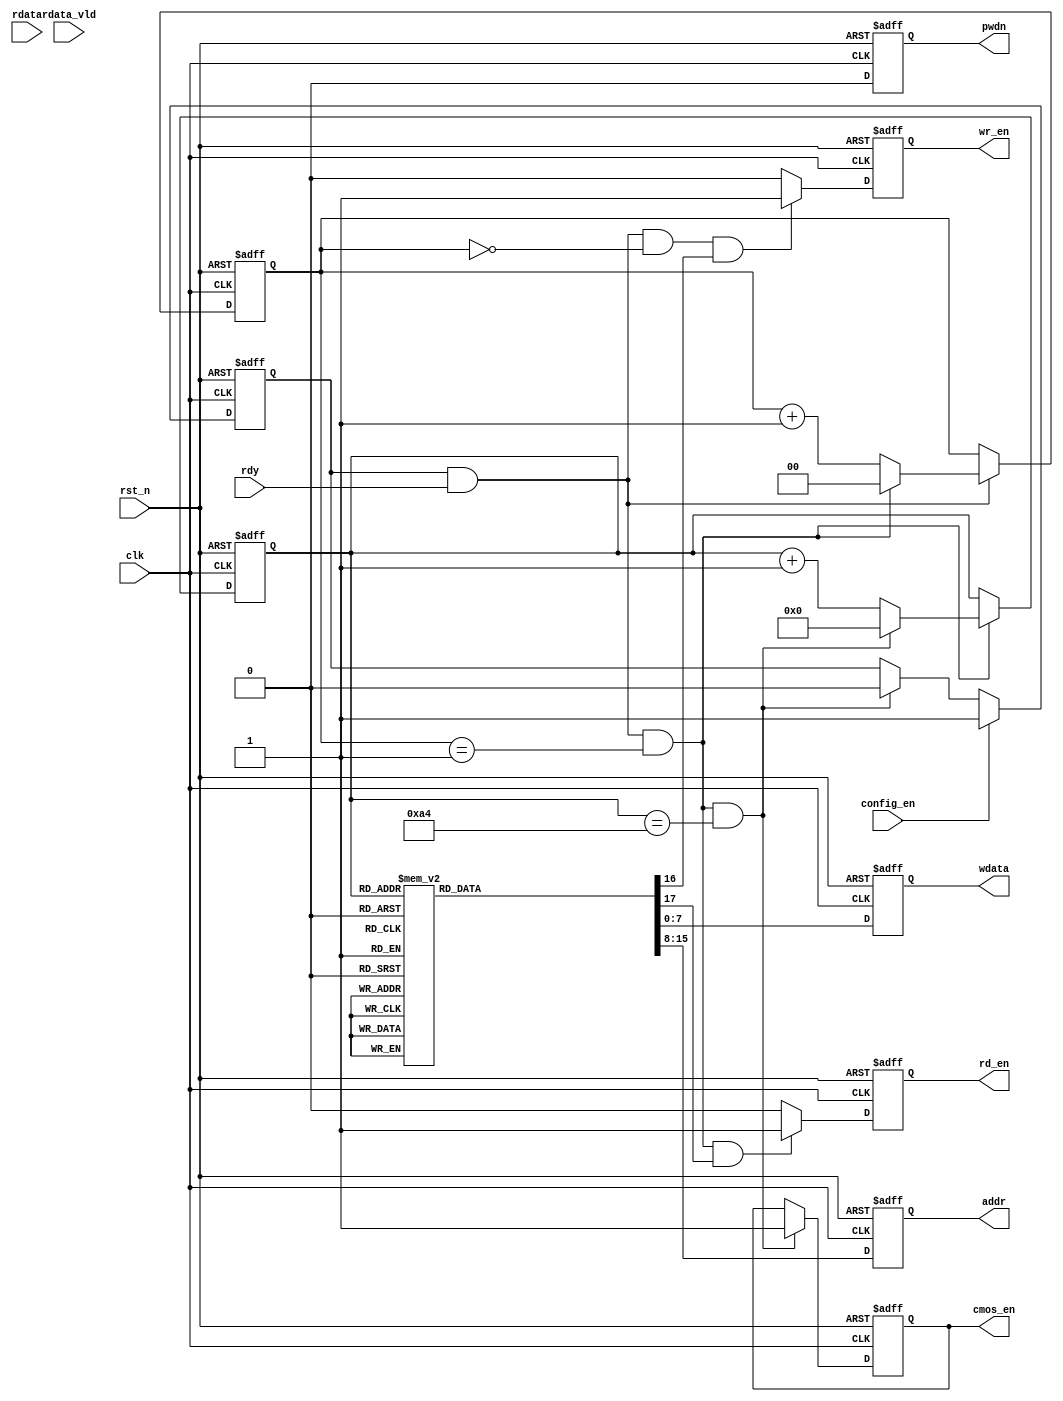
module ov7670_config(
        clk        ,
        rst_n      ,
        config_en  ,
        rdy        ,
        rdata      ,
        rdata_vld  ,
        wdata      ,
        addr       ,
        wr_en	   ,
        rd_en      ,
        cmos_en    , 
        pwdn         
    );

    //
    parameter               DATA_W = 8  ;
    parameter               wr_NUM = 2  ;
    parameter               REG_NUM =165;
    
    //
    input                   clk         ;   //50Mhz
    input                   rst_n       ;
    input                   config_en   ;
    input                   rdy         ;
    input   [DATA_W-1:0]    rdata       ;
    input                   rdata_vld   ;

    //
    output  [DATA_W-1:0]    wdata       ;
    output  [DATA_W-1:0]    addr        ;
    
    output                  cmos_en     ;
    output                  wr_en       ;
    output                  rd_en       ;
    output                  pwdn        ;

    reg     [DATA_W-1:0]    wdata       ;
    reg     [DATA_W-1:0]    addr        ;
    
    reg                     cmos_en     ;
    reg                     wr_en       ;
    reg                     rd_en       ;
    reg                     pwdn        ;


    wire                    add_wr_cnt  ;
    wire                    end_wr_cnt  ;
    reg     [1:0]           wr_cnt      ; 

    wire                    add_reg_cnt ;
    wire                    end_reg_cnt ;
    reg     [7:0]           reg_cnt     ;

    reg                     flag        ; 

    reg     [17:0]          add_wdata   ;

    always @(posedge clk or negedge rst_n)begin
        if(!rst_n)begin
            wr_cnt <= 0;
        end
        else if(add_wr_cnt)begin
            if(end_wr_cnt)
                wr_cnt <= 0;
            else
                wr_cnt <= wr_cnt + 1;
        end
    end
    assign add_wr_cnt = flag && rdy;
    assign end_wr_cnt = add_wr_cnt && wr_cnt == wr_NUM - 1;
    
    always @(posedge clk or negedge rst_n)begin
        if(!rst_n)begin
            reg_cnt <= 0;
        end
        else if(add_reg_cnt)begin
            if(end_reg_cnt)
                reg_cnt <= 0;
            else
                reg_cnt <= reg_cnt + 1;
        end
    end
    assign add_reg_cnt = end_wr_cnt;
    assign end_reg_cnt = add_reg_cnt && reg_cnt == REG_NUM - 1;
    
    always  @(posedge clk or negedge rst_n)begin
        if(rst_n==1'b0)begin
            flag <= 1'b0;
        end
        else if(config_en)begin
            flag <= 1'b1;            
        end
        else if(end_reg_cnt)begin
            flag <= 1'b0;            
        end
    end
    
    always  @(posedge clk or negedge rst_n)begin
        if(rst_n==1'b0)begin
            cmos_en <= 1'b0;
        end
        else if(end_reg_cnt)begin
            cmos_en <= 1'b1;            
        end
    end
    
    always  @(posedge clk or negedge rst_n)begin
        if(rst_n==1'b0)begin
            addr <= 8'd0;
        end
        else begin
            addr <= add_wdata[15:8];
        end
    end
    
    always  @(posedge clk or negedge rst_n)begin
        if(rst_n==1'b0)begin
            pwdn <= 1'b0;
        end
        else begin
            pwdn <= 1'b0;
        end
    end


    always  @(posedge clk or negedge rst_n)begin
        if(rst_n==1'b0)begin
            wdata <= 8'd0;
        end
        else begin
            wdata <= add_wdata[7:0];
        end
    end
    
    always  @(posedge clk or negedge rst_n)begin
        if(rst_n==1'b0)begin
            wr_en <= 1'b0;
        end
        else if(add_wr_cnt && wr_cnt == 0 && add_wdata[16])begin
            wr_en <= 1'b1;
        end
        else begin
            wr_en <= 1'b0;
        end
    end
    
    always  @(posedge clk or negedge rst_n)begin
        if(rst_n==1'b0)begin
            rd_en <= 1'b0;
        end
        else if(add_wr_cnt && wr_cnt == 1 && add_wdata[17])begin
            rd_en <= 1'b1;
        end
        else begin
            rd_en <= 1'b0;
        end
    end
    

    always@(*) begin
        case(reg_cnt)
            0   : add_wdata = {2'b11,16'h1204};	//VGARGB565 (00:YUV,04:RGB)(8x)
            1   : add_wdata = {2'b11,16'h40d0};	//RGB565, 00-FF(d0)YUV01-FE(80))
            2   : add_wdata = {2'b11,16'h3a04};    //TSLB(TSLB[3], COM13[0])00:YUYV, 01:YVYU, 10:UYVY(CbYCrY), 11:VYUY
            3   : add_wdata = {2'b11,16'h3dc8};	//COM13(TSLB[3], COM13[0])00:YUYV, 01:YVYU, 10:UYVY(CbYCrY), 11:VYUY
            4   : add_wdata = {2'b11,16'h1e31};	//01Bit[5]Bit[4]
            5   : add_wdata = {2'b11,16'h6b00};	//PLL0x0ALDO0x00LDO
            6   : add_wdata = {2'b11,16'h32b6};	//HREF (80)
            7   : add_wdata = {2'b11,16'h1713};	//HSTART -8(11) 
            8   : add_wdata = {2'b11,16'h1801};	//HSTOP  -8(61)
            9   : add_wdata = {2'b11,16'h1902};	//VSTART -8(03)
            10  : add_wdata = {2'b11,16'h1a7a};	//VSTOP  -8(7b)
            11  : add_wdata = {2'b11,16'h030a};	//VREF	 (00)
            12  : add_wdata = {2'b11,16'h0c00};	//DCW (00)
            13  : add_wdata = {2'b11,16'h3e10};	//PCLK00 Normal101,112,124,1381416
            14  : add_wdata = {2'b11,16'h7000};	//00:Normal, 80:1, 00:, 80:
            15  : add_wdata = {2'b11,16'h7100};	//00:Normal, 00:1, 80:, 80
            16  : add_wdata = {2'b11,16'h7211};	// 8(11)	        
            17  : add_wdata = {2'b11,16'h7300};	//DSP00 Normal101,112,124,1381416 
            18  : add_wdata = {2'b11,16'ha202};	// 	(02)
            19  : add_wdata = {2'b11,16'h1180};	//(80)
            20  : add_wdata = {2'b11,16'h7a20};
            21  : add_wdata = {2'b11,16'h7b1c};
            22  : add_wdata = {2'b11,16'h7c28};
            23  : add_wdata = {2'b11,16'h7d3c};
            24  : add_wdata = {2'b11,16'h7e55};
            25  : add_wdata = {2'b11,16'h7f68};
            26  : add_wdata = {2'b11,16'h8076};
            27  : add_wdata = {2'b11,16'h8180};
            28  : add_wdata = {2'b11,16'h8288};
            29  : add_wdata = {2'b11,16'h838f};
            30  : add_wdata = {2'b11,16'h8496};
            31  : add_wdata = {2'b11,16'h85a3};
            32  : add_wdata = {2'b11,16'h86af};
            33  : add_wdata = {2'b11,16'h87c4};
            34  : add_wdata = {2'b11,16'h88d7};
            35  : add_wdata = {2'b11,16'h89e8};
            36  : add_wdata = {2'b11,16'h13e0};
            37  : add_wdata = {2'b11,16'h0010};//
            38  : add_wdata = {2'b11,16'h1000};
            39  : add_wdata = {2'b11,16'h0d00};
            40  : add_wdata = {2'b11,16'h1428}; 
            41  : add_wdata = {2'b11,16'ha505};
            42  : add_wdata = {2'b11,16'hab07};
            43  : add_wdata = {2'b11,16'h2475};
            44  : add_wdata = {2'b11,16'h2563};
            45  : add_wdata = {2'b11,16'h26a5};
            46  : add_wdata = {2'b11,16'h9f78};
            47  : add_wdata = {2'b11,16'ha068};
            48  : add_wdata = {2'b11,16'ha103};
            49  : add_wdata = {2'b11,16'ha6df};
            50  : add_wdata = {2'b11,16'ha7df};
            51  : add_wdata = {2'b11,16'ha8f0};
            52  : add_wdata = {2'b11,16'ha990};
            53  : add_wdata = {2'b11,16'haa94};
            54  : add_wdata = {2'b11,16'h13ef};  
            55  : add_wdata = {2'b11,16'h0e61};
            56  : add_wdata = {2'b11,16'h0f4b};
            57  : add_wdata = {2'b11,16'h1602};
            58  : add_wdata = {2'b11,16'h2102};
            59  : add_wdata = {2'b11,16'h2291};
            60  : add_wdata = {2'b11,16'h2907};
            61  : add_wdata = {2'b11,16'h330b};
            62  : add_wdata = {2'b11,16'h350b};
            63  : add_wdata = {2'b11,16'h371d};
            64  : add_wdata = {2'b11,16'h3871};
            65  : add_wdata = {2'b11,16'h392a};
            66  : add_wdata = {2'b11,16'h3c78};
            67  : add_wdata = {2'b11,16'h4d40};
            68  : add_wdata = {2'b11,16'h4e20};
            69  : add_wdata = {2'b11,16'h6900};
            
            70  : add_wdata = {2'b11,16'h7419};
            71  : add_wdata = {2'b11,16'h8d4f};
            72  : add_wdata = {2'b11,16'h8e00};
            73  : add_wdata = {2'b11,16'h8f00};
            74  : add_wdata = {2'b11,16'h9000};
            75  : add_wdata = {2'b11,16'h9100};
            76  : add_wdata = {2'b11,16'h9200};
            77  : add_wdata = {2'b11,16'h9600};
            78  : add_wdata = {2'b11,16'h9a80};
            79  : add_wdata = {2'b11,16'hb084};
            80  : add_wdata = {2'b11,16'hb10c};
            81  : add_wdata = {2'b11,16'hb20e};
            82  : add_wdata = {2'b11,16'hb382};
            83  : add_wdata = {2'b11,16'hb80a};

            84  : add_wdata = {2'b11,16'h4314};
            85  : add_wdata = {2'b11,16'h44f0};
            86  : add_wdata = {2'b11,16'h4534};
            87  : add_wdata = {2'b11,16'h4658};
            88  : add_wdata = {2'b11,16'h4728};
            89  : add_wdata = {2'b11,16'h483a};
            90  : add_wdata = {2'b11,16'h5988};
            91  : add_wdata = {2'b11,16'h5a88};
            92  : add_wdata = {2'b11,16'h5b44};
            93  : add_wdata = {2'b11,16'h5c67};
            94  : add_wdata = {2'b11,16'h5d49};
            95  : add_wdata = {2'b11,16'h5e0e};
            96  : add_wdata = {2'b11,16'h6404};
            97  : add_wdata = {2'b11,16'h6520};
            98  : add_wdata = {2'b11,16'h6605};
            99  : add_wdata = {2'b11,16'h9404};
            100 : add_wdata = {2'b11,16'h9508};
            101 : add_wdata = {2'b11,16'h6c0a};
            102 : add_wdata = {2'b11,16'h6d55};
            103 : add_wdata = {2'b11,16'h6e11};
            104 : add_wdata = {2'b11,16'h6f9f};
            105 : add_wdata = {2'b11,16'h6a40};
            106 : add_wdata = {2'b11,16'h0140};
            107 : add_wdata = {2'b11,16'h0240};
            108 : add_wdata = {2'b11,16'h13e7};
            109 : add_wdata = {2'b11,16'h1500};
            
            110 : add_wdata = {2'b11,16'h4f80};
            111 : add_wdata = {2'b11,16'h5080};
            112 : add_wdata = {2'b11,16'h5100};
            113 : add_wdata = {2'b11,16'h5222};
            114 : add_wdata = {2'b11,16'h535e};
            115 : add_wdata = {2'b11,16'h5480};
            116 : add_wdata = {2'b11,16'h589e};
            
            117 : add_wdata = {2'b11,16'h4108};
            118 : add_wdata = {2'b11,16'h3f00};
            119 : add_wdata = {2'b11,16'h7505};
            120 : add_wdata = {2'b11,16'h76e1};
            121 : add_wdata = {2'b11,16'h4c00};
            122 : add_wdata = {2'b11,16'h7701};
            
            123 : add_wdata = {2'b11,16'h4b09};
            124 : add_wdata = {2'b11,16'hc9F0};//16'hc960;
            125 : add_wdata = {2'b11,16'h4138};
            126 : add_wdata = {2'b11,16'h5640};
            
            
            127 : add_wdata = {2'b11,16'h3411};
            128 : add_wdata = {2'b11,16'h3b02};
            129 : add_wdata = {2'b11,16'ha489};
            130 : add_wdata = {2'b11,16'h9600};
            131 : add_wdata = {2'b11,16'h9730};
            132 : add_wdata = {2'b11,16'h9820};
            133 : add_wdata = {2'b11,16'h9930};
            134 : add_wdata = {2'b11,16'h9a84};
            135 : add_wdata = {2'b11,16'h9b29};
            136 : add_wdata = {2'b11,16'h9c03};
            137 : add_wdata = {2'b11,16'h9d4c};
            138 : add_wdata = {2'b11,16'h9e3f};
            139 : add_wdata = {2'b11,16'h7804};
            
            
            140 :add_wdata =  {2'b11,16'h7901};
            141 :add_wdata =  {2'b11,16'hc8f0};
            142 :add_wdata =  {2'b11,16'h790f};
            143 :add_wdata =  {2'b11,16'hc800};
            144 :add_wdata =  {2'b11,16'h7910};
            145 :add_wdata =  {2'b11,16'hc87e};
            146 :add_wdata =  {2'b11,16'h790a};
            147 :add_wdata =  {2'b11,16'hc880};
            148 :add_wdata =  {2'b11,16'h790b};
            149 :add_wdata =  {2'b11,16'hc801};
            150 :add_wdata =  {2'b11,16'h790c};
            151 :add_wdata =  {2'b11,16'hc80f};
            152 :add_wdata =  {2'b11,16'h790d};
            153 :add_wdata =  {2'b11,16'hc820};
            154 :add_wdata =  {2'b11,16'h7909};
            155 :add_wdata =  {2'b11,16'hc880};
            156 :add_wdata =  {2'b11,16'h7902};
            157 :add_wdata =  {2'b11,16'hc8c0};
            158 :add_wdata =  {2'b11,16'h7903};
            159 :add_wdata =  {2'b11,16'hc840};
            160 :add_wdata =  {2'b11,16'h7905};
            161 :add_wdata =  {2'b11,16'hc830}; 
            162 :add_wdata =  {2'b11,16'h7926};
            
            163 : add_wdata = {2'b11,16'h0903};
            164 : add_wdata = {2'b11,16'h3b42};
        
            default : add_wdata = 0;
        endcase
    end


endmodule